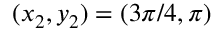
( x _ { 2 } , y _ { 2 } ) = ( 3 \pi / 4 , \pi )